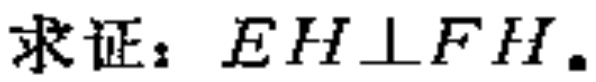
求证：$EH\perp FH.$